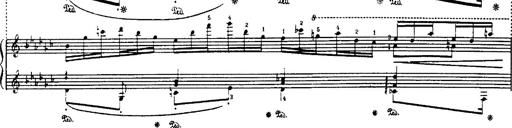
Title: Danza sacra e duetto finale dâ€™Aida
Composer: Franz Liszt